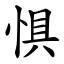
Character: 惧